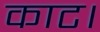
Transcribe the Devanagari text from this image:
काट।